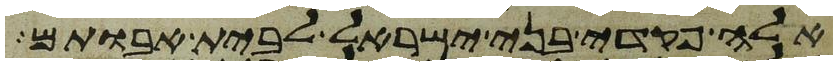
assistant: אלה פקדי בני ישראל לבית אבותם